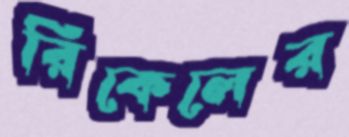
রিকেলের